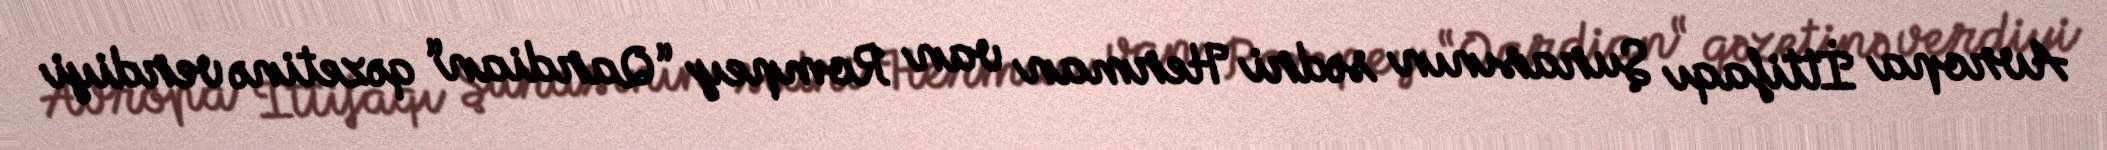
Avropa İttifaqı Şurasının sədri Herman van Rompey “Qardian“ qəzetinə verdiyi